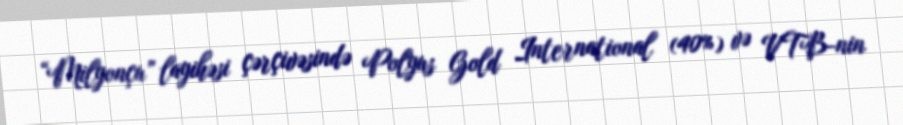
“Milyonçu” layihəsi çərçivəsində Polyus Gold International (40%) və VTB-nin